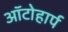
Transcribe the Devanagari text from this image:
ऑटोहार्प